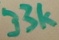
Text: 33k